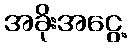
အခိုးအငွေ့